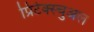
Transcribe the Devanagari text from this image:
प्रिटेक्स्चुअल